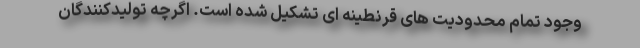
وجود تمام محدودیت های قرنطینه ای تشکیل شده است. اگرچه تولیدکنندگان